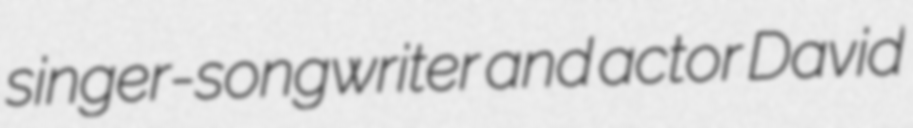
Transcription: singer-songwriter and actor David